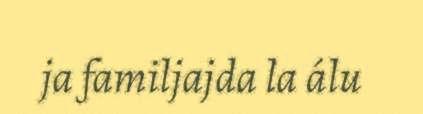
ja familjajda la álu